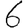
Digit: 6